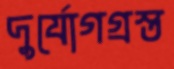
দুর্যোগগ্রস্ত